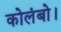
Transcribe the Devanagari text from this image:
कोलंबो।